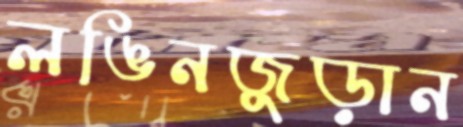
লঙিনজুড়ান